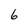
Character: 6